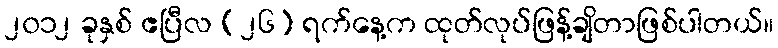
၂၀၁၂ ခုနှစ် ဧပြီလ (၂၆) ရက်နေ့က ထုတ်လုပ်ဖြန့်ချိတာဖြစ်ပါတယ်။